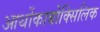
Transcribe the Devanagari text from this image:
आर्थोकार्बोक्सिलिक